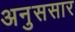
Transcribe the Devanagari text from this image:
अनुससार